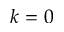
k = 0